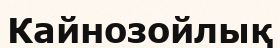
Кайнозойлық